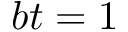
b t = 1